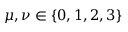
\mu , \nu \in \{ 0 , 1 , 2 , 3 \}